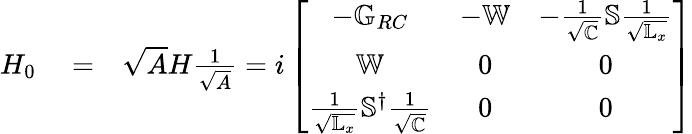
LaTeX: \begin{array}{rlr}{H_{0}}&{{}=}&{\sqrt{A}H\frac{1}{\sqrt{A}}=i\left[\begin{array}{ccc}{-\mathbb{G}_{RC}}&{-\mathbb{W}}&{-\frac{1}{\sqrt{\mathbb{C}}}\mathbb{S}\frac{1}{\sqrt{\mathbb{L}_{x}}}}\\ {\mathbb{W}}&{0}&{0}\\ {\frac{1}{\sqrt{\mathbb{L}_{x}}}\mathbb{S}^{\dagger}\frac{1}{\sqrt{\mathbb{C}}}}&{0}&{0}\end{array}\right]}\end{array}